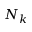
N _ { k }